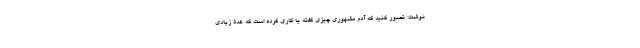
نوشت: تصور کنید که آدم مشهوری چیزی گفته یا کاری کرده است که عدۀ زیادی